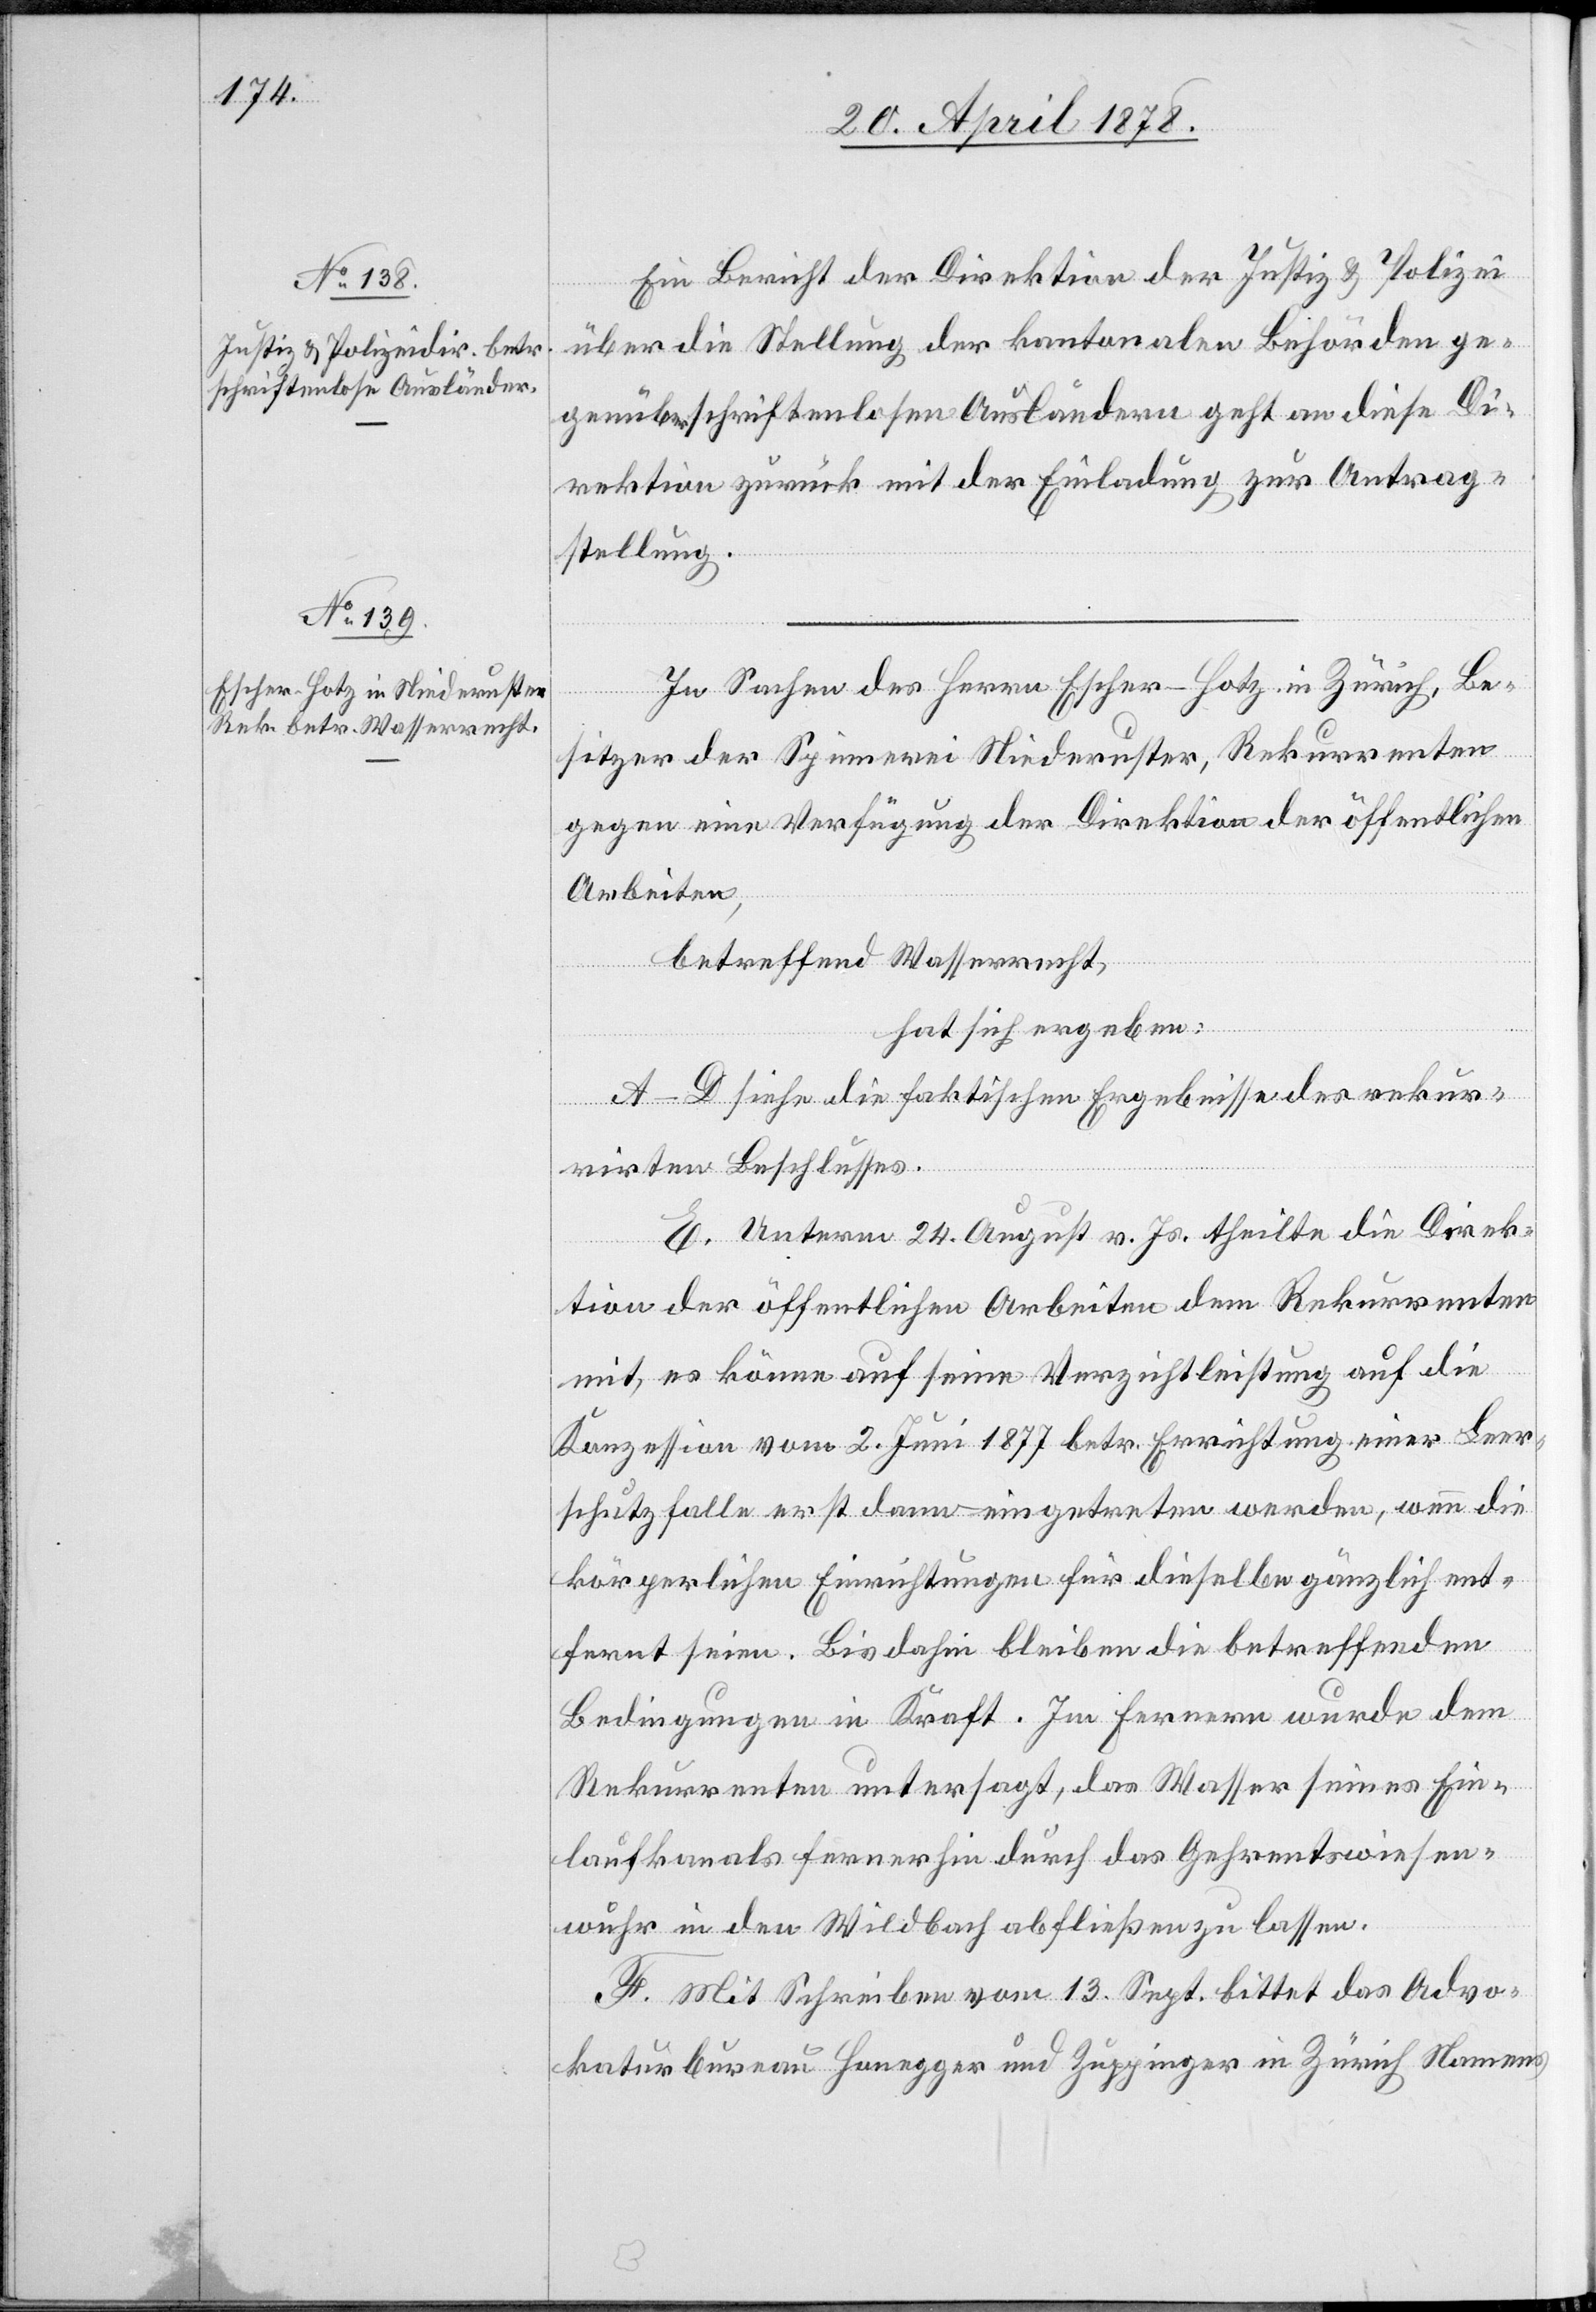
Ein Bericht der Direktion der Justiz & Polizei
über die Stellung der kantonalen Behörden ge¬
genüber schriftenlosen Ausländern geht an diese Di¬
rektion zurück mit der Einladung zur Antrag¬
stellung.
In Sachen des Herrn Escher-Hotz in Zürich, Be¬
sitzer der Spinnerei Niederuster, Rekurrenten
gegen eine Verfügung der Direktion der öffentlichen
Arbeiten,
betreffend Wasserrecht,
hat sich ergeben:
A–D siehe die faktischen Ergebnisse des rekur¬
rirten Beschlusses.
E. Unterm 24. August v. Js. theilte die Direk¬
tion der öffentlichen Arbeiten dem Rekurrenten
mit, es könne auf seine Verzichtleistung auf die
Konzession vom 2. Juni 1877 betr. Errichtung einer Leer¬
schutzfalle erst dann eingetreten werden, wenn die
körperlichen Einrichtungen für dieselbe gänzlich ent¬
fernt seien. Bis dahin bleiben die betreffenden
Bedingungen in Kraft. Im Fernern wurde dem
Rekurrenten untersagt, das Wasser seines Ein¬
laufkanals fernerhin durch das Gehrentswiesen¬
wuhr in den Wildbach abfließen zu lassen.
F. Mit Schreiben vom 13. Sept. bittet das Advo¬
katurbureau Honegger und Zuppinger in Zürich Namens